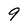
Character: 9